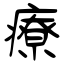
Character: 療